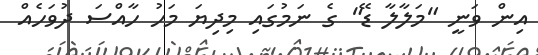
އިން ވަނީ "މަލާލާ ޑޭ" ގެ ނަމުގައި މިދިޔަ މަހު ހާއްސަ ދުވަހެއް